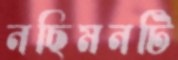
নছিমনটি